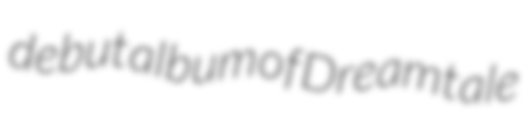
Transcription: debut album of Dreamtale